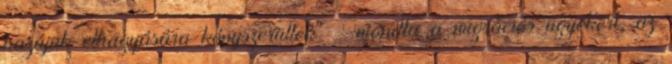
hazájuk elhagyására kényszerültek" - mondta a migrációs ügyekért, az